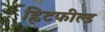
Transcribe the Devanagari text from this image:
ह्विटफील्ड